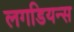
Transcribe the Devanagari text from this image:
लगडियन्स